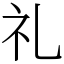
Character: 礼